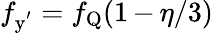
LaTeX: f_{\mathrm{y^{'}}}=f_{\mathrm{Q}}(1\, {-}\, \eta/3)